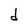
Character: d